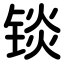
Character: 锬